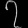
Digit: ၇